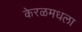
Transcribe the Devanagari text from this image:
केरळमधला